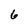
Character: 6